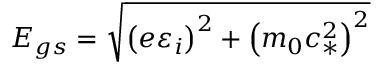
E _ { g s } = \sqrt { \left( e \varepsilon _ { i } \right) ^ { 2 } + \left( m _ { 0 } c _ { * } ^ { 2 } \right) ^ { 2 } }